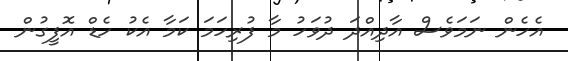
އެހެން ނަމަވެސް އާދިއްދަ ދުވަހު މާ ފުރިހަމަ ކަމާ އެކު ހެޑް އޮފީގުން